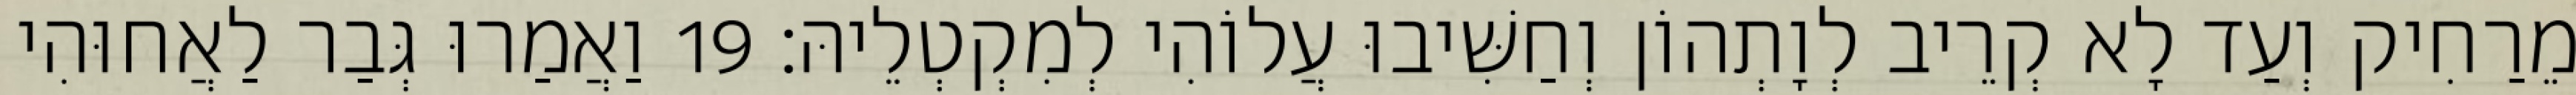
מֵרַחִיק וְעַד לָא קְרֵיב לְוָתְהוֹן וְחַשִּׁיבוּ עֲלוֹהִי לְמִקְטְלֵיהּ׃ 19 וַאֲמַרוּ גְּבַר לַאֲחוּהִי